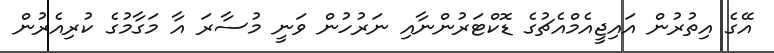
އޭގެ އިތުރުން އައިޖީއެމްއެޗުގެ ޑޮކްޓަރުންނާއި ނަރުހުން ވަނީ މުސާރަ އާ މަގާމުގެ ކުރިއެރުން